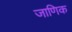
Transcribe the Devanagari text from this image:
जाणिक